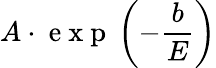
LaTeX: A\cdot\mathrm{~e~x~p~}\left(-\frac{b}{E}\right)